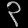
Digit: ၃